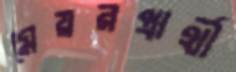
মেয়রপ্রার্থী